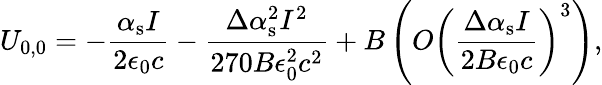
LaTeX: U_{0,0}=-\frac{\alpha_{\mathrm{s}}I}{2\epsilon_{0}c}-\frac{\Delta\alpha_{\mathrm{s}}^{2}I^{2}}{270B\epsilon_{0}^{2}c^{2}}+B\left(O\left(\frac{\Delta\alpha_{\mathrm{s}}I}{2B\epsilon_{0}c}\right)^{3}\right),